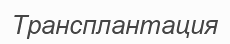
Трансплантация